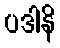
ပဒါနိ